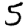
Digit: 5